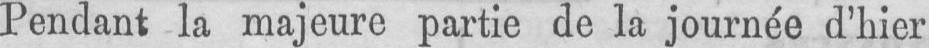
Pendant la majeure partie de la journée d’hier